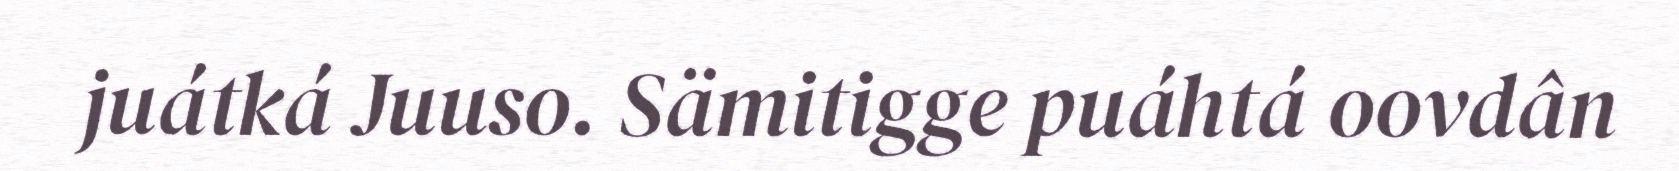
juátká Juuso. Sämitigge puáhtá oovdân